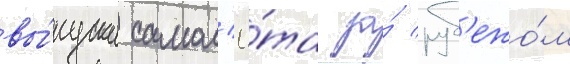
вы́пуска самол'ё́та за́ руб'ежо́м